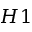
H 1